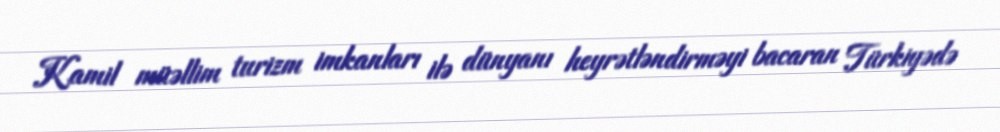
Kamil müəllim turizm imkanları ilə dünyanı heyrətləndirməyi bacaran Türkiyədə